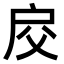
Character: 𢨰